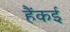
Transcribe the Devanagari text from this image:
हैंकई